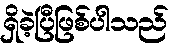
ရှိခဲ့ပြီဖြစ်ပါသည်